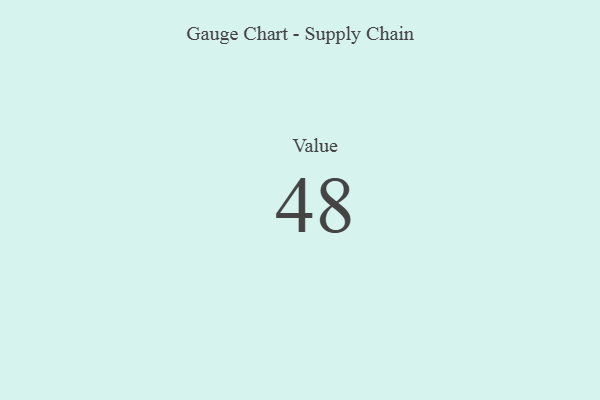
{"axis": {"x": "Metric", "y": "Value"}, "legend": [""], "data": [{"x": "Value", "y": 48, "type": ""}]}